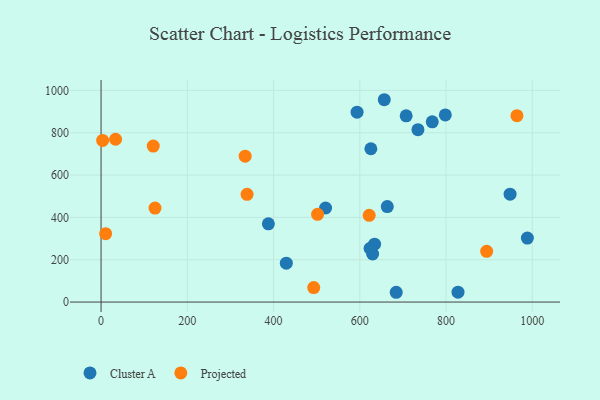
{"axis": {"x": "Study Hours", "y": "Demand"}, "legend": ["Cluster A", "Projected"], "data": [{"x": "629.8", "y": 227.0, "type": "Cluster A"}, {"x": "827.8", "y": 46.6, "type": "Cluster A"}, {"x": "988.7", "y": 302.3, "type": "Cluster A"}, {"x": "656.8", "y": 956.0, "type": "Cluster A"}, {"x": "520.7", "y": 444.5, "type": "Cluster A"}, {"x": "768.1", "y": 851.6, "type": "Cluster A"}, {"x": "593.7", "y": 897.2, "type": "Cluster A"}, {"x": "663.8", "y": 451.2, "type": "Cluster A"}, {"x": "634.3", "y": 273.4, "type": "Cluster A"}, {"x": "625.7", "y": 724.4, "type": "Cluster A"}, {"x": "798.4", "y": 884.3, "type": "Cluster A"}, {"x": "388.0", "y": 369.7, "type": "Cluster A"}, {"x": "948.6", "y": 509.7, "type": "Cluster A"}, {"x": "707.6", "y": 880.0, "type": "Cluster A"}, {"x": "734.9", "y": 814.3, "type": "Cluster A"}, {"x": "684.5", "y": 46.2, "type": "Cluster A"}, {"x": "429.6", "y": 183.9, "type": "Cluster A"}, {"x": "623.9", "y": 253.5, "type": "Cluster A"}, {"x": "338.6", "y": 509.1, "type": "Projected"}, {"x": "894.3", "y": 239.8, "type": "Projected"}, {"x": "334.2", "y": 689.4, "type": "Projected"}, {"x": "33.6", "y": 769.3, "type": "Projected"}, {"x": "125.1", "y": 444.2, "type": "Projected"}, {"x": "964.5", "y": 880.5, "type": "Projected"}, {"x": "621.8", "y": 410.0, "type": "Projected"}, {"x": "502.1", "y": 414.3, "type": "Projected"}, {"x": "493.2", "y": 68.5, "type": "Projected"}, {"x": "3.6", "y": 763.5, "type": "Projected"}, {"x": "10.6", "y": 323.3, "type": "Projected"}, {"x": "121.0", "y": 737.2, "type": "Projected"}]}